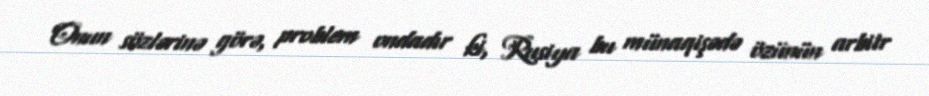
Onun sözlərinə görə, problem ondadır ki, Rusiya bu münaqişədə özünün arbitr